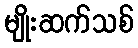
မျိုးဆက်သစ်